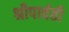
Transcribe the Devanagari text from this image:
श्रीपार्वती